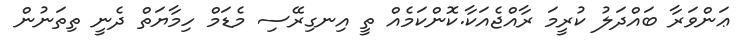
ޢަންވަރާ ބައްދަލު ކުރީމަ ރާއްޖެއަކާ.ކޮންކަމެއް ތީ އިނގިރޭސި މެޑަމް ހިމާޔަތް ދެނީ ތިތަނުން